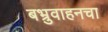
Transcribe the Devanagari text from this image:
बभ्रुवाहनचा